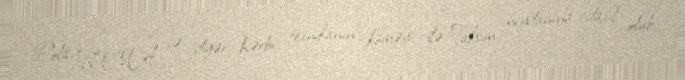
Polis, TOMA və digər hərbi texnikanın köməyi ilə Taksim meydanına daxil olub.